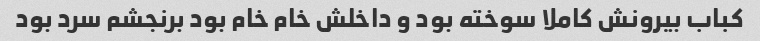
کباب بیرونش کاملا سوخته بود و داخلش خام خام بود برنجشم سرد بود